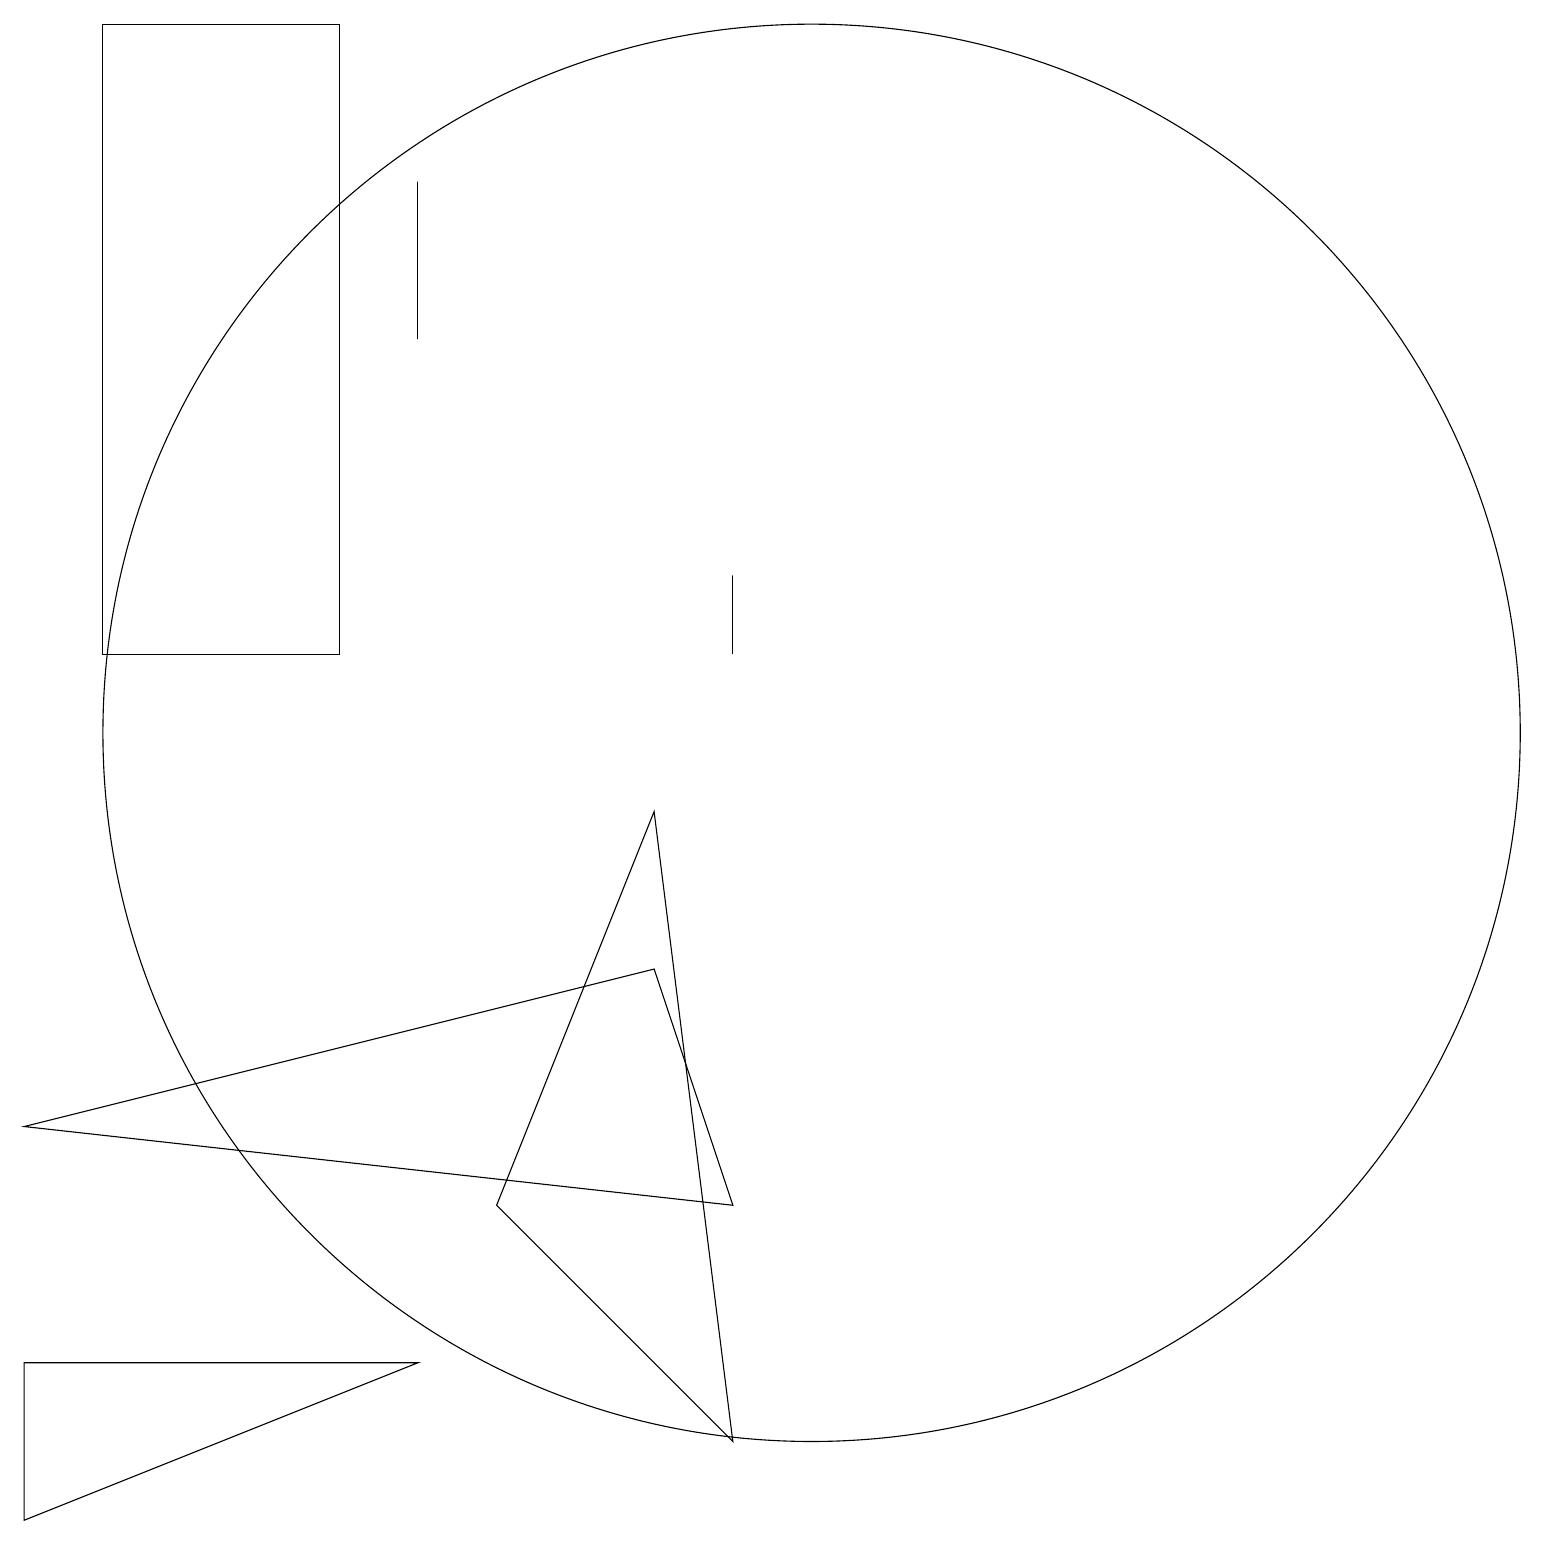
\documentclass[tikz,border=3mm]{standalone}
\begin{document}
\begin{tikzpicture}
\draw (4,11) rectangle (1,19);
\draw (6,4) -- (9,1) -- (8,9) -- cycle;
\draw (0,5) -- (9,4) -- (8,7) -- cycle;
\draw (5,15) rectangle (5,17);
\draw (0,0) -- (5,2) -- (0,2) -- cycle;
\draw (9,11) rectangle (9,12);
\draw (10,10) circle (9);
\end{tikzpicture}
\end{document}